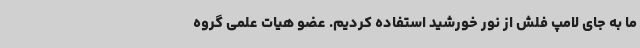
ما به جای لامپ فلش از نور خورشید استفاده کردیم. عضو هیات علمی گروه